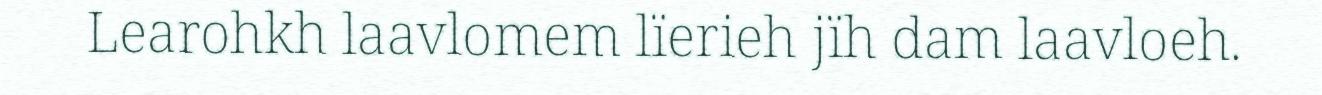
Learohkh laavlomem lïerieh jïh dam laavloeh.